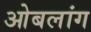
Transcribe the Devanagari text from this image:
ओबलांग